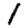
Digit: 1